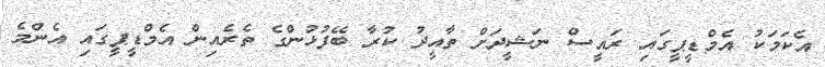
އެކަމަކު އެމްޑީޕީގައި ރައީސް ނަޝީދަށް ތާއީދު ކުރާ ބޭފުޅުންގެ ތެރެއިން އެމްޑީޕީގައި އެންމެ